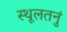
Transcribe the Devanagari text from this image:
स्थूलतनुं